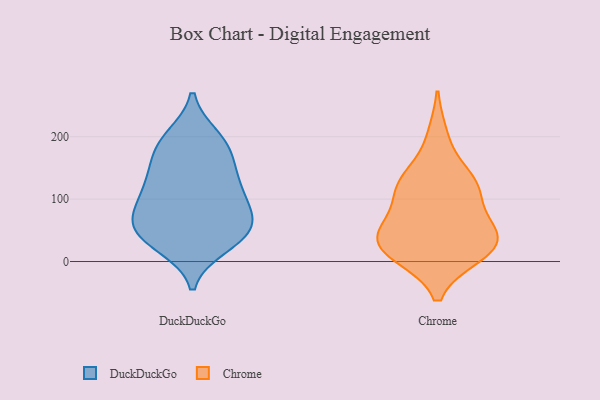
{"axis": {"x": "Active Users", "y": "Value"}, "legend": ["Chrome", "DuckDuckGo"], "data": [{"x": "", "y": 49, "type": "DuckDuckGo"}, {"x": "", "y": 173, "type": "DuckDuckGo"}, {"x": "", "y": 106, "type": "DuckDuckGo"}, {"x": "", "y": 62, "type": "DuckDuckGo"}, {"x": "", "y": 155, "type": "DuckDuckGo"}, {"x": "", "y": 179, "type": "DuckDuckGo"}, {"x": "", "y": 84, "type": "DuckDuckGo"}, {"x": "", "y": 125, "type": "DuckDuckGo"}, {"x": "", "y": 61, "type": "DuckDuckGo"}, {"x": "", "y": 200, "type": "DuckDuckGo"}, {"x": "", "y": 81, "type": "DuckDuckGo"}, {"x": "", "y": 25, "type": "DuckDuckGo"}, {"x": "", "y": 115, "type": "DuckDuckGo"}, {"x": "", "y": 199, "type": "DuckDuckGo"}, {"x": "", "y": 30, "type": "DuckDuckGo"}, {"x": "", "y": 56, "type": "DuckDuckGo"}, {"x": "", "y": 130, "type": "DuckDuckGo"}, {"x": "", "y": 37, "type": "DuckDuckGo"}, {"x": "", "y": 11, "type": "Chrome"}, {"x": "", "y": 10, "type": "Chrome"}, {"x": "", "y": 35, "type": "Chrome"}, {"x": "", "y": 11, "type": "Chrome"}, {"x": "", "y": 126, "type": "Chrome"}, {"x": "", "y": 89, "type": "Chrome"}, {"x": "", "y": 42, "type": "Chrome"}, {"x": "", "y": 38, "type": "Chrome"}, {"x": "", "y": 45, "type": "Chrome"}, {"x": "", "y": 116, "type": "Chrome"}, {"x": "", "y": 128, "type": "Chrome"}, {"x": "", "y": 200, "type": "Chrome"}, {"x": "", "y": 53, "type": "Chrome"}, {"x": "", "y": 128, "type": "Chrome"}]}